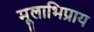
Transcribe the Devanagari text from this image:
मूलाभिप्राय